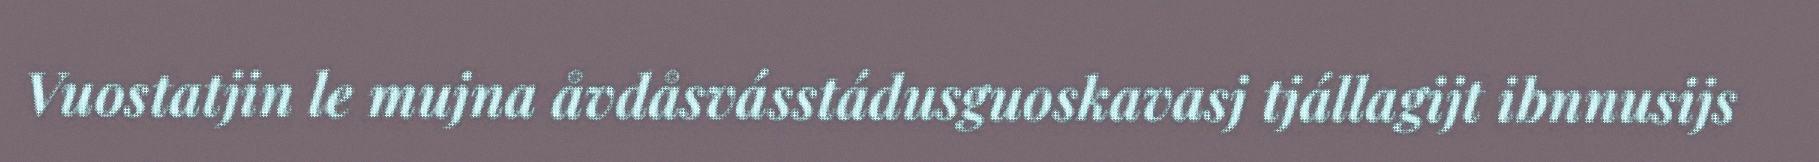
Vuostatjin le mujna åvdåsvásstádusguoskavasj tjállagijt ibnnusijs